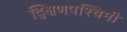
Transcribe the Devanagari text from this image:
द्क्षिणपश्चिमी